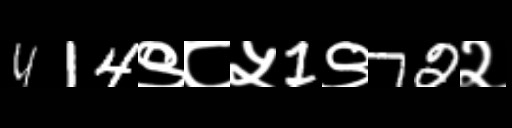
Text: 414९८५1९72२